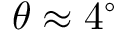
\theta \approx 4 ^ { \circ }